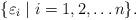
LaTeX: \begin{align*} \{ \varepsilon_i \mid i = 1,2, \dots n \}.\end{align*}